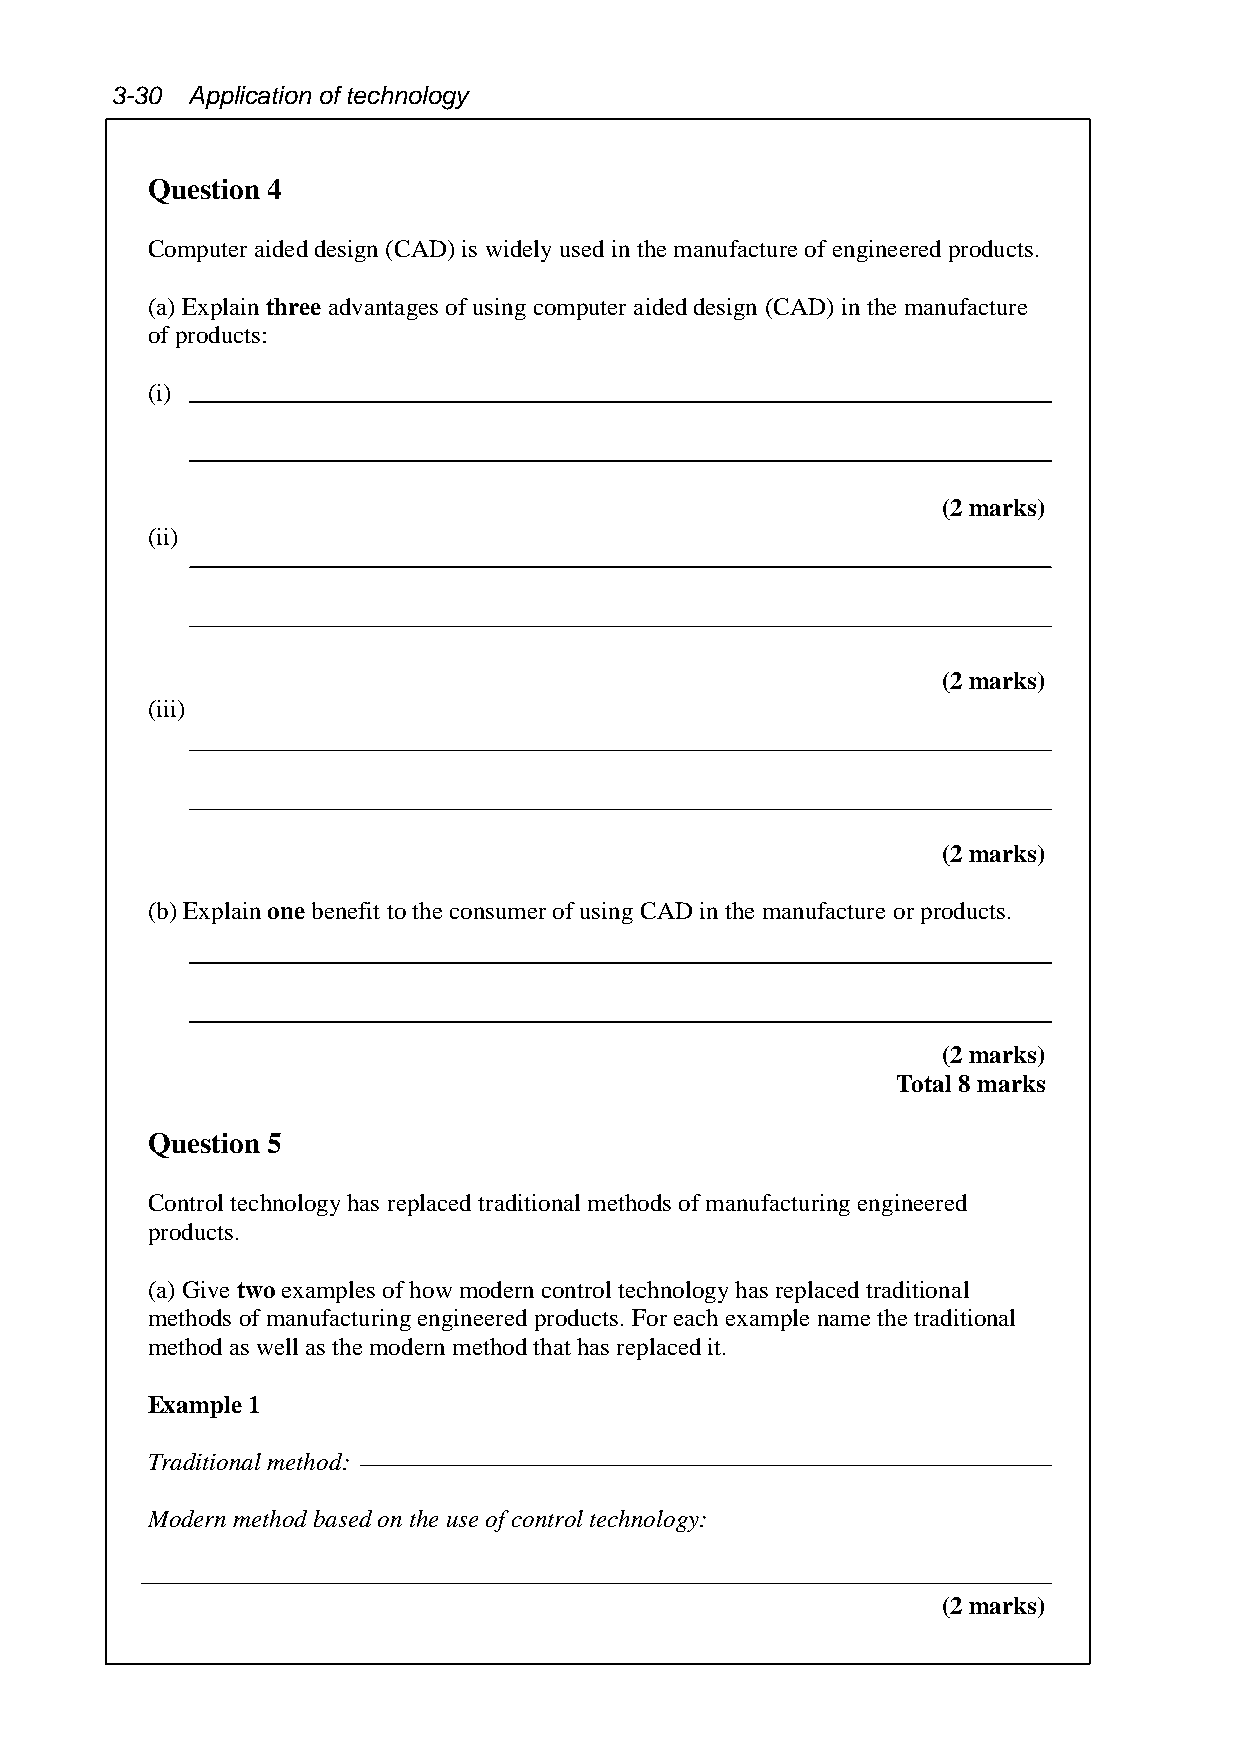
3-30  Application of technology
 Question 4
 Computer aided design (CAD) is widely used in the manufacture of engineered products.
 (a) Explain three advantages of using computer aided design (CAD) in the manufacture
 of products:
 (i)
 (2 marks)
 (ii)
 (2 marks)
 (iii)
 (2 marks)
 (b) Explain one benefit to the consumer of using CAD in the manufacture or products.
 (2 marks)
 Total 8 marks
 Question 5
 Control technology has replaced traditional methods of manufacturing engineered
 products.
 (a) Give two examples of how modern control technology has replaced traditional
 methods of manufacturing engineered products. For each example name the traditional
 method as well as the modern method that has replaced it.
 Example 1
 Traditional method:
 Modern method based on the use of control technology:
 (2 marks)